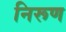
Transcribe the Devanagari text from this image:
निरूण